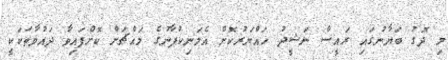
މި ދޮގު ބަޔާނުގައި ރައީސް ނަޝީދު ހައްޔަރުކޮށް އެމަނިކުފާނުގެ މައްޗަށް ކޮށްފައިވާ ދައުވާތަކަކީ